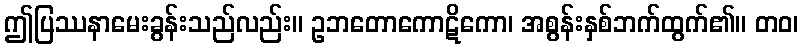
ဤပြဿနာမေးခွန်းသည်လည်း။ ဥဘတောကောဋိကော၊ အစွန်းနှစ်ဘက်ထွက်၏။ တဝ၊